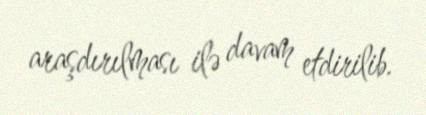
araşdırılması ilə davam etdirilib.